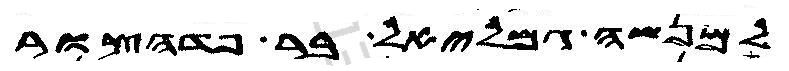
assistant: למנשה גמליאל בר פדהצור